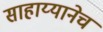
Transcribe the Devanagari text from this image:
साहाय्यानेच